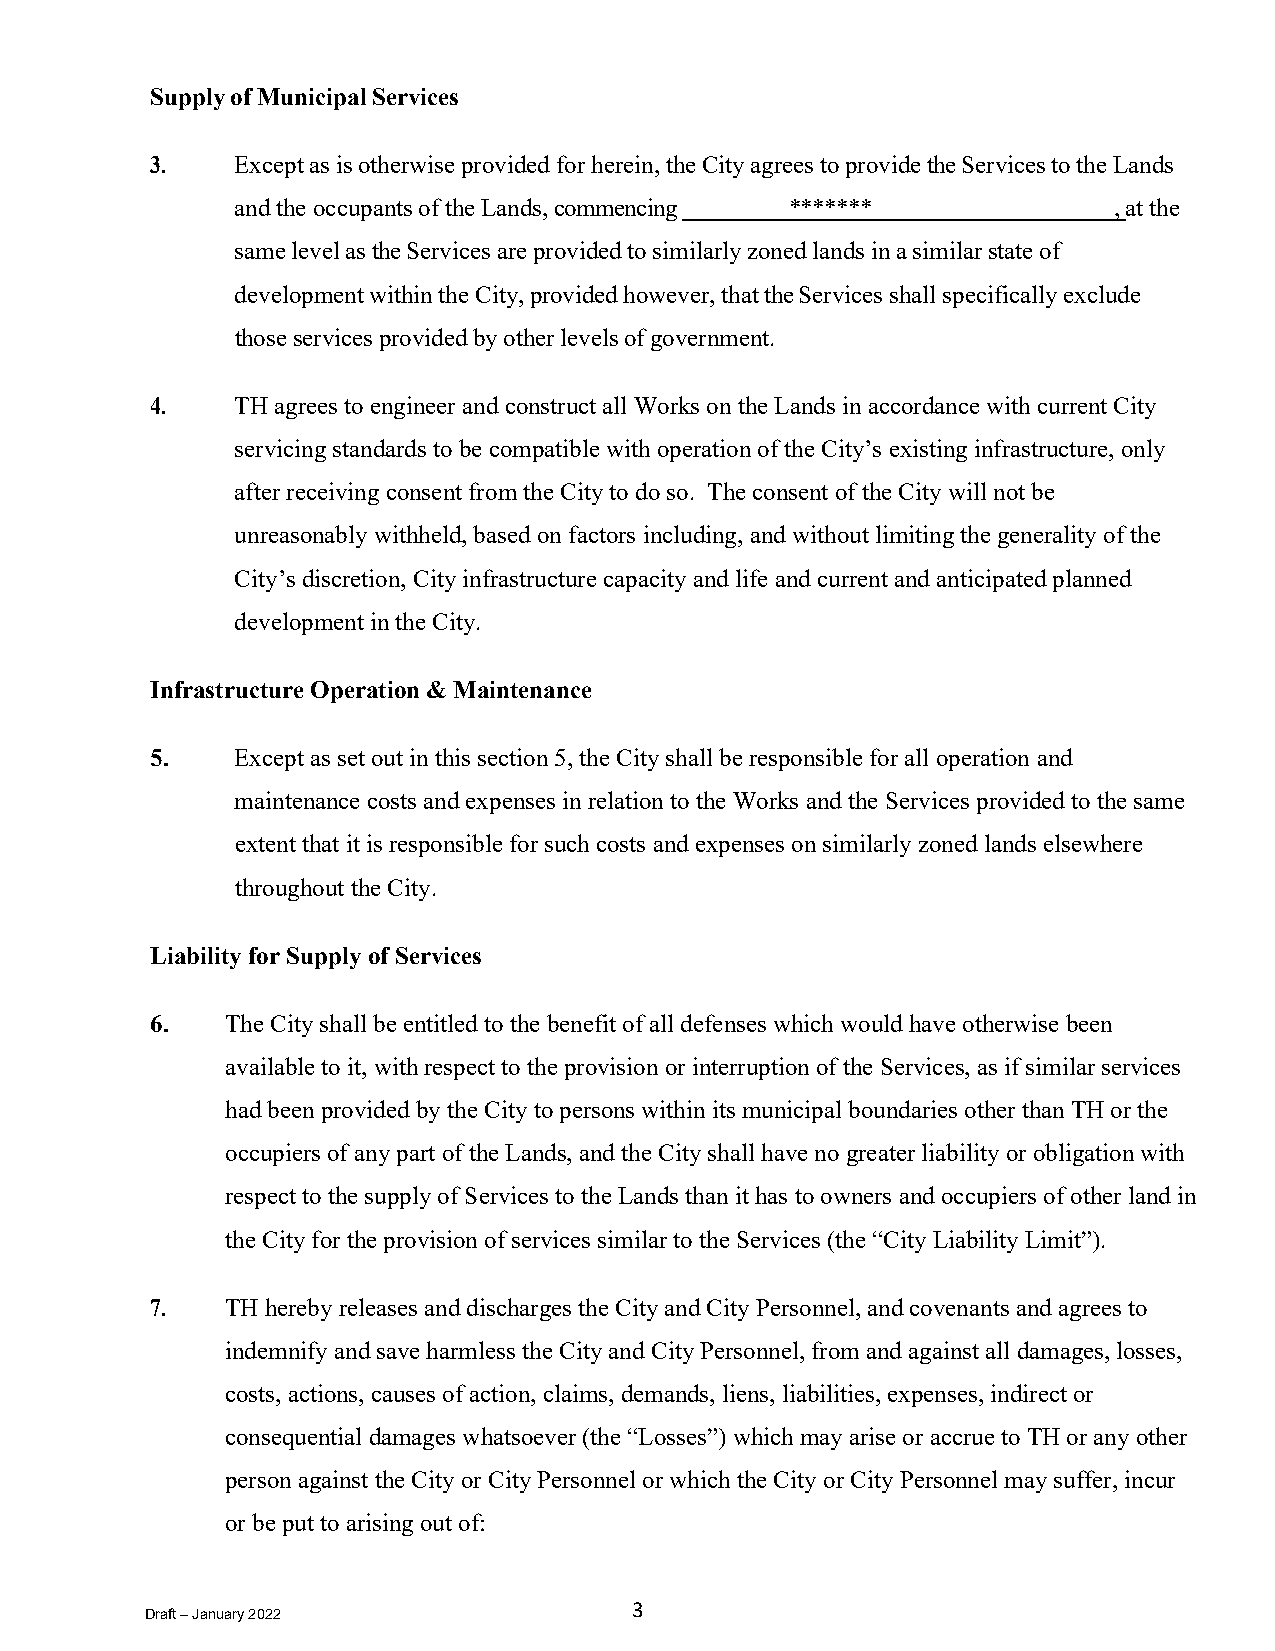
Supply of Municipal Services
 3.    Except as is otherwise provided for herein, the City agrees to provide the Services to the Lands
 and the occupants of the Lands, commencing *******        , at the
 same level as the Services are provided to similarly zoned lands in a similar state of
 development within the City, provided however, that the Services shall specifically exclude
 those services provided by other levels of government.
 4.    TH agrees to engineer and construct all Works on the Lands in accordance with current City
 servicing standards to be compatible with operation of the City’s existing infrastructure, only
 after receiving consent from the City to do so. The consent of the City will not be
 unreasonably withheld, based on factors including, and without limiting the generality of the
 City’s discretion, City infrastructure capacity and life and current and anticipated planned
 development in the City.
 Infrastructure Operation & Maintenance
 5.    Except as set out in this section 5, the City shall be responsible for all operation and
 maintenance costs and expenses in relation to the Works and the Services provided to the same
 extent that it is responsible for such costs and expenses on similarly zoned lands elsewhere
 throughout the City.
 Liability for Supply of Services
 6.   The City shall be entitled to the benefit of all defenses which would have otherwise been
 available to it, with respect to the provision or interruption of the Services, as if similar services
 had been provided by the City to persons within its municipal boundaries other than TH or the
 occupiers of any part of the Lands, and the City shall have no greater liability or obligation with
 respect to the supply of Services to the Lands than it has to owners and occupiers of other land in
 the City for the provision of services similar to the Services (the “City Liability Limit”).
 7.   TH hereby releases and discharges the City and City Personnel, and covenants and agrees to
 indemnify and save harmless the City and City Personnel, from and against all damages, losses,
 costs, actions, causes of action, claims, demands, liens, liabilities, expenses, indirect or
 consequential damages whatsoever (the “Losses”) which may arise or accrue to TH or any other
 person against the City or City Personnel or which the City or City Personnel may suffer, incur
 or be put to arising out of:
 3
 Draft – January 2022